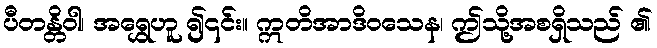
ပီတန္တိဝါ၊ အရွှေဟူ ၍၎င်း။ ဣတိအာဒိဝသေန၊ ဤသို့အစရှိသည် ၏